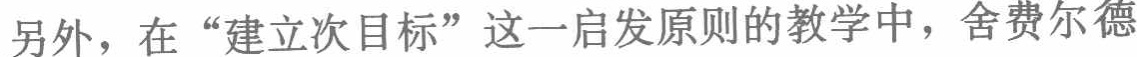
另外，在“建立次目标”这一启发原则的教学中，舍费尔德